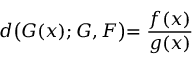
d \bigl ( G ( x ) ; G , F \bigl ) = \frac { f ( x ) } { g ( x ) }